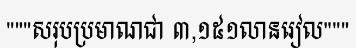
"""សរុបប្រមាណជា ៣,១៥១លានរៀល"""